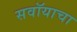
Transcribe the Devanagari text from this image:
सवॉयाचा